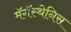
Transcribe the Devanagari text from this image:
मॅगॅस्थेनिस